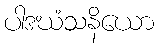
ပါဒဃံသနိယော